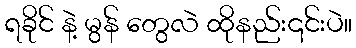
ရခိုင် နဲ့ မွန် တွေလဲ ထိုနည်း၎င်းပဲ။